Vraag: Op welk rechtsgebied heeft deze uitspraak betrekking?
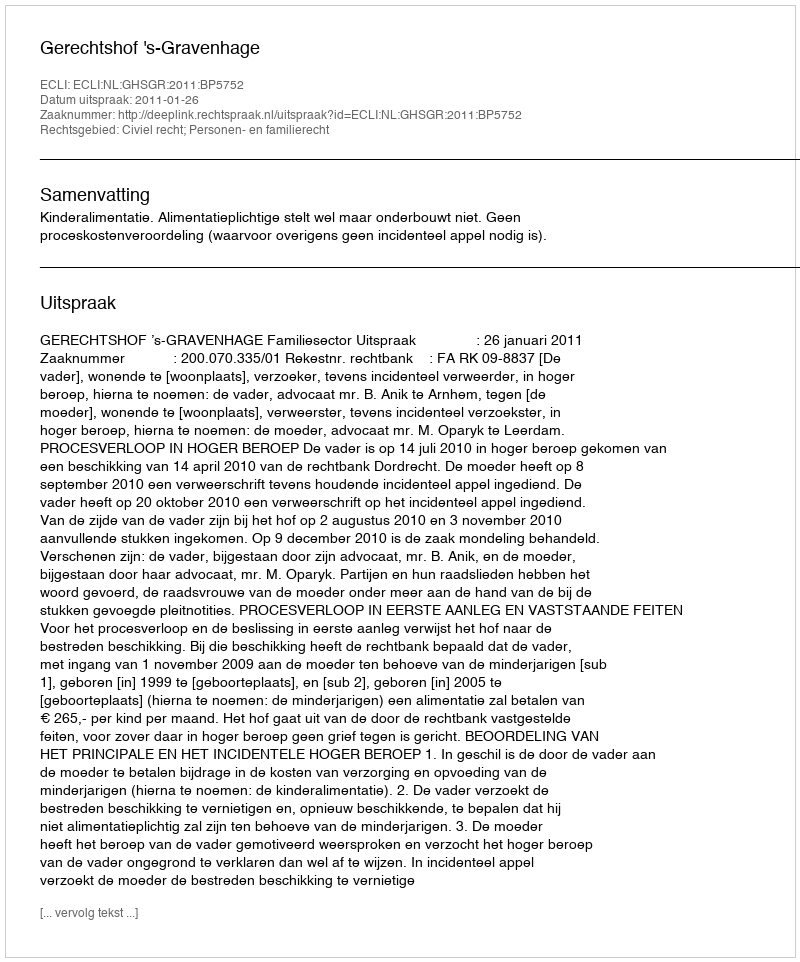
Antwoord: Civiel recht; Personen- en familierecht